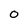
Character: 0